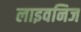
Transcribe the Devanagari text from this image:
लाइवनिज